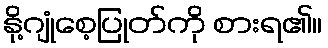
နို့ဂျုံစေ့ပြုတ်ကို စားရ၏။